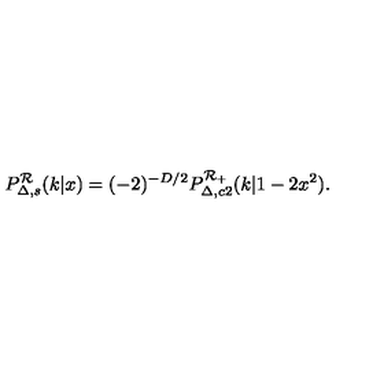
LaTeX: P _ { \Delta , s } ^ { \cal R } ( k | x ) = ( - 2 ) ^ { - D / 2 } P _ { \Delta , c 2 } ^ { \cal R _ { + } } ( k | 1 - 2 x ^ { 2 } ) .